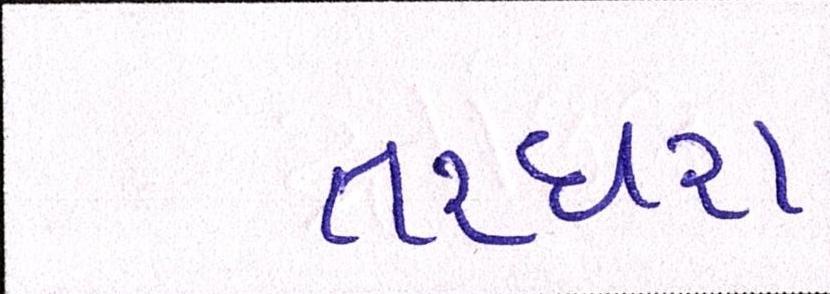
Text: તરઘરા